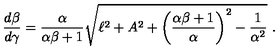
\frac { d \beta } { d \gamma } = \frac { \alpha } { \alpha \beta + 1 } \sqrt { \ell ^ { 2 } + A ^ { 2 } + \left( \frac { \alpha \beta + 1 } { \alpha } \right) ^ { 2 } - \frac { 1 } { \alpha ^ { 2 } } } \ .